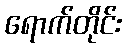
ရောက်တိုင်း